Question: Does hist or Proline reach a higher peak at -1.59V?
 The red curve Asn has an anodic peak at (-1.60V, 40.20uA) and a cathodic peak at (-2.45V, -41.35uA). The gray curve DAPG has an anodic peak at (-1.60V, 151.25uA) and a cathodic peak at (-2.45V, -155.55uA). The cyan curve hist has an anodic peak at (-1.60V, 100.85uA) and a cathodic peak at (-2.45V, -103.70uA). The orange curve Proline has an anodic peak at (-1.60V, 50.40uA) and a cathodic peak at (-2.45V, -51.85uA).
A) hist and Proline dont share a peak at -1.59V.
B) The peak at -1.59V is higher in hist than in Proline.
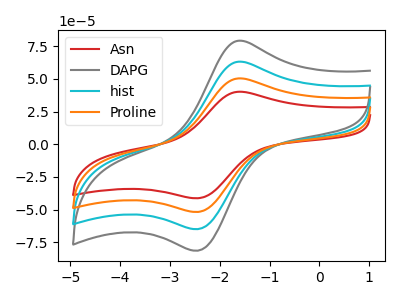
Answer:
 <answer>B) The peak at -1.59V is higher in "hist" than in "Proline".</answer>
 <eval>B</eval>